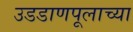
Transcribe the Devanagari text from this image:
उडडाणपूलाच्या